Civil Veterinary Department Bihar & Orissa reports 1911-21 - 1911-1921
Year: 1911
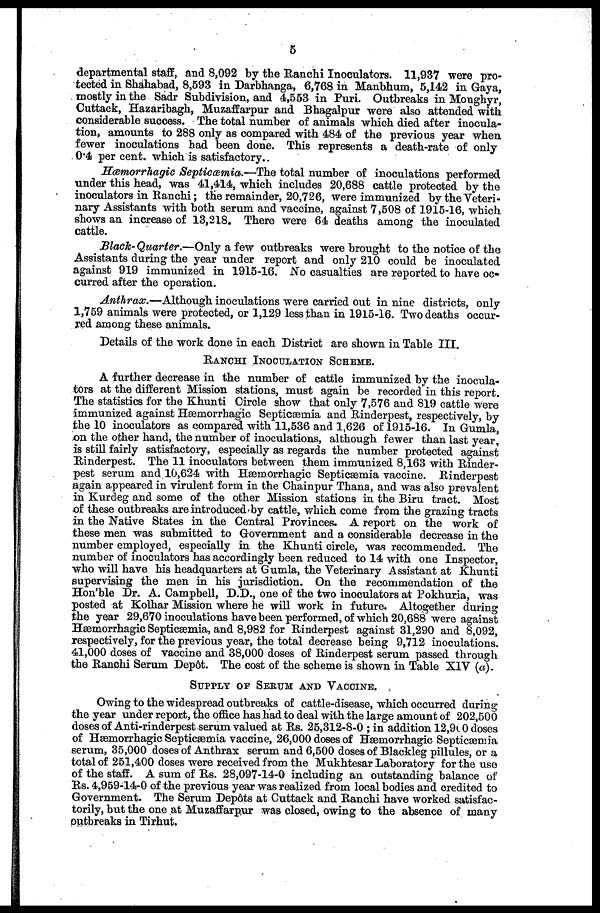
5
departmental staff, and 8,092 by the Ranchi Inoculators. 11,937 were pro-
tected in Shahabad, 8,593 in Darbhanga, 6,768 in Manbhum, 5,142 in Gaya,
mostly in the Sadr Subdivision, and 2,553 in Puri. Outbreaks in Monghyr,
Cuttack, Hazaribagh, Muzaffarpur and Bhagalpur were also attended with
considerable success. The total number of animals which died after inocula-
tion, amounts to 288 only as compared with 484 of the previous year when
fewer inoculations had been done. This represents a death-rate of only
0.4 per cent. which is satisfactory.
Hæmorrhagic Septicæmia.—The total number of inoculations performed
under this head, was 41,414, which includes 20,688 cattle protected by the
inoculators in Ranchi; the remainder, 20,726, were immunized by the Veteri-
nary Assistants with both serum and vaccine, against 7,508 of 1915-16, which
shows an increase of 13,218. There were 64 deaths among the inoculated
cattle.
Black-Quarter.—Only a few outbreaks were brought to the notice of the
Assistants during the year under report and only 210 could be inoculated
against 919 immunized in 1915-16. No casualties are reported to have oc-
curred after the operation.
Anthrax.—Although inoculations were carried out in nine districts, only
1,759 animals were protected, or 1,129 less than in 1915-16. Two deaths occur-
red among these animals.
Details of the work done in each District are shown in Table III.
RANCHI INOCULATION SCHEME.
A further decrease in the number of cattle immunized by the inocula-
tors at the different Mission stations, must again be recorded in this report.
The statistics for the Khunti Circle show that only 7,576 and 819 cattle were
immunized against Hæmorrhagic Septicæmia and Rinderpest, respectively, by
the 10 inoculators as compared with 11,536 and 1,626 of 1915-16. In Gumla,
on the other hand, the number of inoculations, although fewer than last year,
is still fairly satisfactory, especially as regards the number protected against
Rinderpest. The 11 inoculators between them immunized 8,163 with Rinder-
pest serum and 10,624 with Hæmorrhagic Septicæmia vaccine. Rinderpest
again appeared in virulent form in the Chainpur Thana, and was also prevalent
in Kurdeg and some of the other Mission stations in the Biru tract. Most
of these outbreaks are introduced by cattle, which come from the grazing tracts
in the Native States in the Central Provinces. A report on the work of
these men was submitted to Government and a considerable decrease in the
number employed, especially in the Khunti circle, was recommended. The
number of inoculators has accordingly been reduced to 14 with one Inspector,
who will have his headquarters at Gumla, the Veterinary Assistant at Khunti
supervising the men in his jurisdiction. On the recommendation of the
Hon'ble Dr. A. Campbell, D.D., one of the two inoculators at Pokhuria, was
posted at Kolhar Mission where he will work in future. Altogether during
the year 29,670 inoculations have been performed, of which 20,688 were against
Hæmorrhagic Septicæmia, and 8,982 for Rinderpest against 31,290 and 8,092,
respectively, for the previous year, the total decrease being 9,712 inoculations.
41,000 doses of vaccine and 38,000 doses of Rinderpest serum passed through
the Ranchi Serum Dep6t. The cost of the scheme is shown in Table XIV (a).
SUPPLY OF SERUM AND VACCINE.
Owing to the widespread outbreaks of cattle-disease, which occurred during
the year under report, the office has had to deal with the large amount of 202,500
doses of Anti-rinderpest serum valued at Rs. 25,312-8-0 ; in addition 12,900 doses
of Hæmorrhagic Septicæmia vaccine, 26,000 doses of Hæmorrhagic Septicæmia
serum, 35,000 doses of Anthrax serum and 6,500 doses of Blackleg pillules, or a
total of 251,400 doses were received from the Mukhtesar Laboratory for the use
of the staff. A sum of Rs. 28,097-14-0 including an outstanding balance of
Rs. 4,959-14-0 of the previous year was realized from local bodies and credited to
Government. The Serum Depôts at Cuttack and Ranchi have worked satisfac-
torily, but the one at Muzaffarpur was closed , owing to the absence of many
outbreaks in Tirhut.